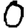
Digit: 0